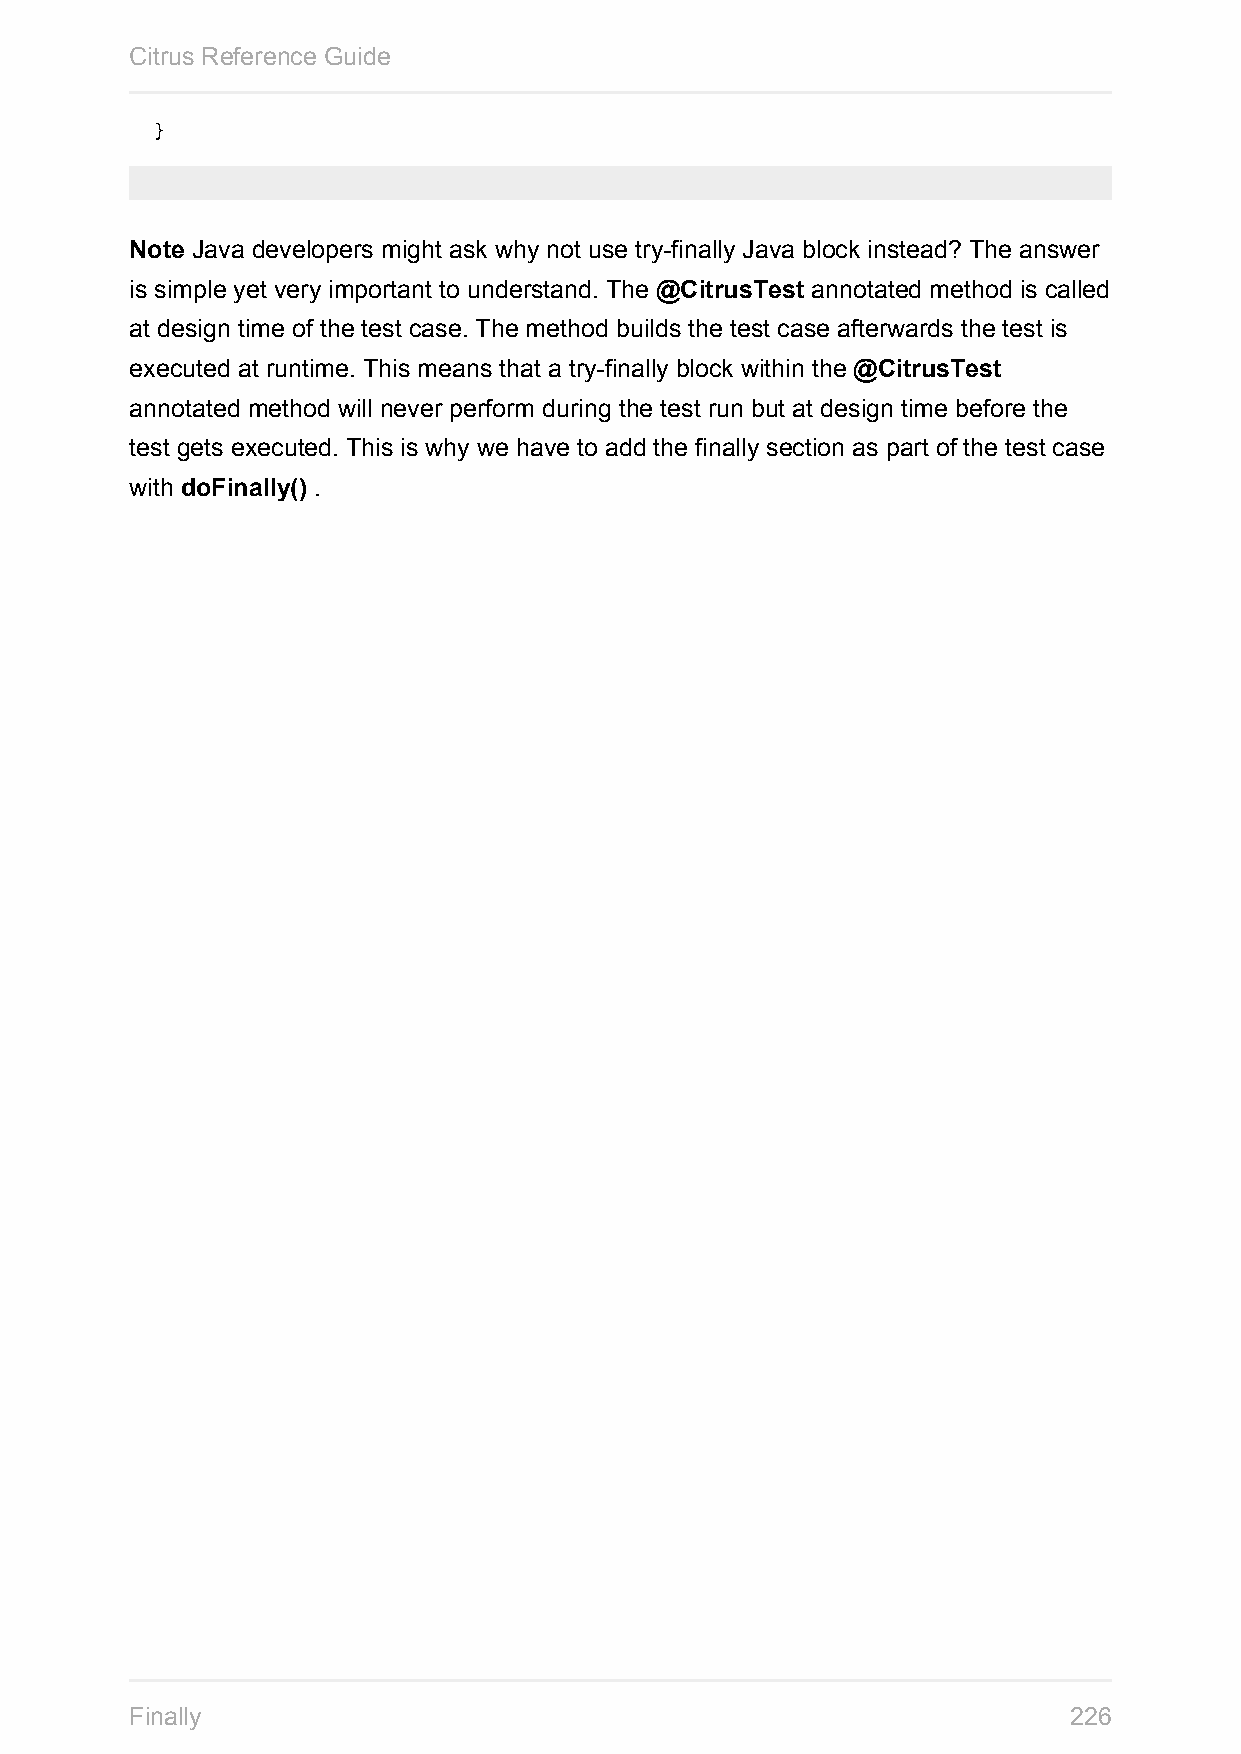
Citrus Reference Guide
 }
 Note Java developers might ask why not use try-finally Java block instead? The answer
 is simple yet very important to understand. The @CitrusTest annotated method is called
 at design time of the test case. The method builds the test case afterwards the test is
 executed at runtime. This means that a try-finally block within the @CitrusTest
 annotated method will never perform during the test run but at design time before the
 test gets executed. This is why we have to add the finally section as part of the test case
 with doFinally() .
 Finally                                                       226